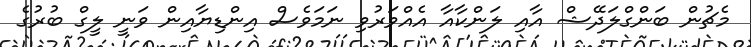
މެޗުން ބަންގްލަދޭޝް އާއި ލަންކާއާ އެއްވަރުވި ނަމަވެސް އިންޑިޔާއިން ވަނީ ލީގް ބުރުގެ